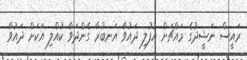
ރައީސް ނަޝީދުގެ މައްޗަށް އުފުލި ދައުވާ އަނބުރާ ގެންދަވާ ކުއްލި އަކަށް ދައުވާ